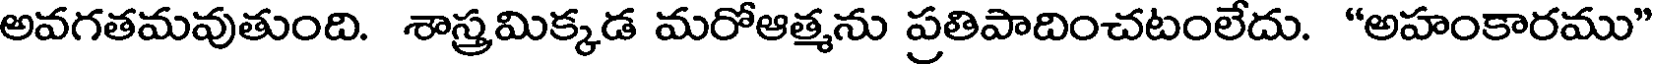
అవగతమవుతుంది. శాస్త్రమిక్కడ మరోఆత్మను ప్రతిపాదించటంలేదు. "అహంకారము"